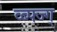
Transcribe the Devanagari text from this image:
व्ब्फ्ज्ग्